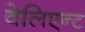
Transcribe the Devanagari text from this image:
वेलिएन्ट